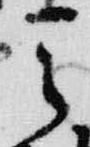
天